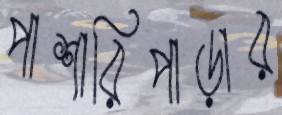
পাশারিপাড়ার